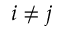
i \neq j